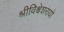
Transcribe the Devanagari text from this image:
श्रीविश्वेशरायो